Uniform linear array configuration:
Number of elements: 48
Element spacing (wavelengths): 0.5
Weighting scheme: hann
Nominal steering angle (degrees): -60
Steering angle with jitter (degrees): -61.96
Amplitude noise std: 0.05
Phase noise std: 0.05

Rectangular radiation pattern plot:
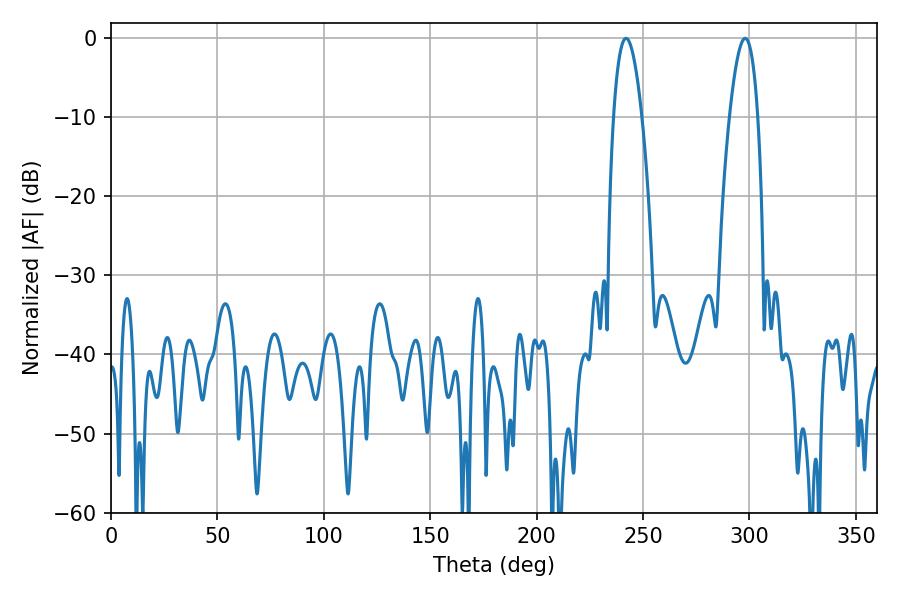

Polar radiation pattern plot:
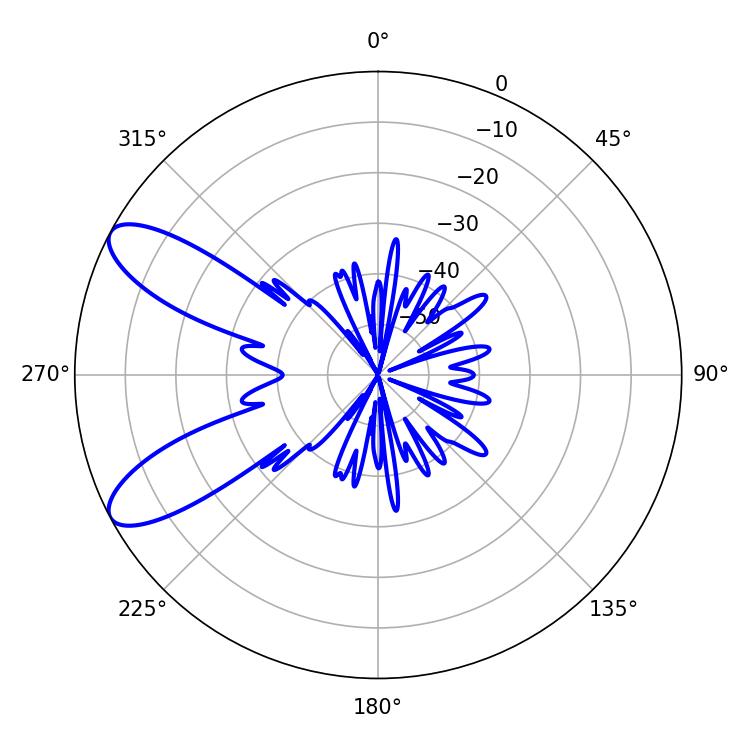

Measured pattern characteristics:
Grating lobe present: FALSE
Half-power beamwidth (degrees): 7.38
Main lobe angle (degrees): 297.9